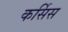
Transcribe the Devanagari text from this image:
कर्सिस